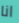
انا